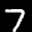
Label: 7